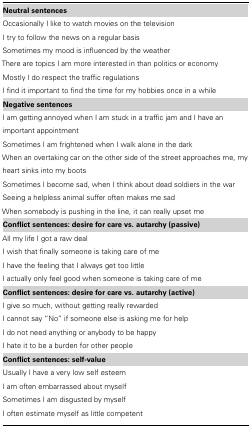
<table><thead><tr><td><b>Neutral sentences</b></td></tr></thead><tbody><tr><td>Occasionally I like to watch movies on the television</td></tr><tr><td>I try to follow the news on a regular basis</td></tr><tr><td>Sometimes my mood is influenced by the weather</td></tr><tr><td>There are topics I am more interested in than politics or economy</td></tr><tr><td>Mostly I do respect the traffic regulations</td></tr><tr><td>I find it important to find the time for my hobbies once in a while</td></tr><tr><td><b>Negative sentences</b></td></tr><tr><td>I am getting annoyed when I am stuck in a traffic jam and I have an important appointment</td></tr><tr><td>Sometimes I am frightened when I walk alone in the dark</td></tr><tr><td>When an overtaking car on the other side of the street approaches me, my heart sinks into my boots</td></tr><tr><td>Sometimes I become sad, when I think about dead soldiers in the war</td></tr><tr><td>Seeing a helpless animal suffer often makes me sad</td></tr><tr><td>When somebody is pushing in the line, it can really upset me</td></tr><tr><td><b>Conflict sentences: desire for care vs. autarchy (passive)</b></td></tr><tr><td>All my life I got a raw deal</td></tr><tr><td>I wish that finally someone is taking care of me</td></tr><tr><td>I have the feeling that I always get too little</td></tr><tr><td>I actually only feel good when someone is taking care of me</td></tr><tr><td><b>Conflict sentences: desire for care vs. autarchy (active)</b></td></tr><tr><td>I give so much, without getting really rewarded</td></tr><tr><td>I cannot say “No” if someone else is asking me for help</td></tr><tr><td>I do not need anything or anybody to be happy</td></tr><tr><td>I hate it to be a burden for other people</td></tr><tr><td><b>Conflict sentences: self-value</b></td></tr><tr><td>Usually I have a very low self esteem</td></tr><tr><td>I am often embarrassed about myself</td></tr><tr><td>Sometimes I am disgusted by myself</td></tr><tr><td>I often estimate myself as little competent </td></tr></tbody></table>